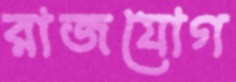
রাজযোগ